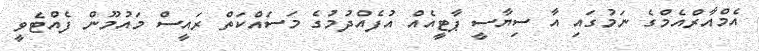
އެމްއާރްއެމްގެ ނަމުގައި އާ ސިޔާސީ ޕާޓީއެއް އުފެއްދުމުގެ މަސައްކަތް ރައީސް މައުމޫން ފެއްޓެވީ